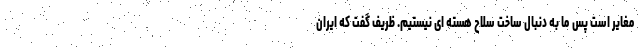
مغایر است پس ما به دنبال ساخت سلاح هسته ای نیستیم. ظریف گفت که ایران